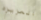
العزيزه